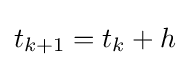
t_{k+1}=t_{k}+h